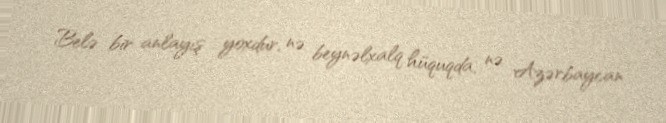
Belə bir anlayış yoxdur, nə beynəlxalq hüquqda, nə Azərbaycan